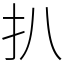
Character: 扒